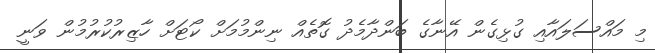
މި މައްސަލައާއި ގުޅިގެން އޭނާގެ ބަންދާމެދު ގޮތެއް ނިންމުމަށް ކޯޓަށް ހާޒިރުކުރުމުން ވަނީ